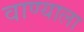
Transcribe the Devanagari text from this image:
वाण्याला